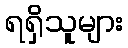
ရရှိသူများ